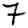
Digit: 7